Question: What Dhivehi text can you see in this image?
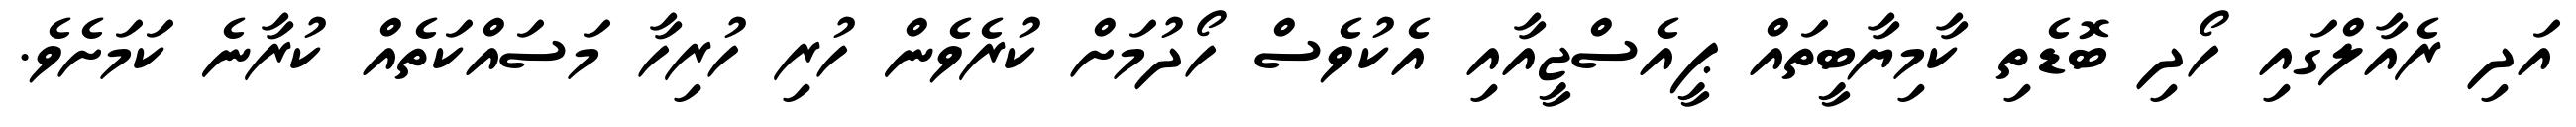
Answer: އަދި ރެއާލްގައި ހޯދި ބޮޑެތި ކާމިޔާބީތައް ޕީއެސްޖީއާއި އެކުވެސް ހޯދުމަށް ކުރެވެން ހުރި ހުރިހާ މަސައްކަތެއް ކުރާނެ ކަމަށެވެ.